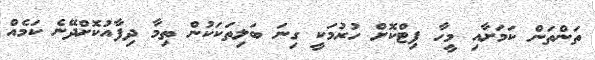
ތަންތަން ކަމަށާއި މީހާ ފިޓްކޮށް ހުރުމަކީ ގިނަ ބަލިތަކަކުން ތިމާ ދިފާއުކޮށްދޭނެ ކަމެއް